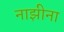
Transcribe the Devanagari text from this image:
नाझीना